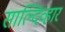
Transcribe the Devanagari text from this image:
साल्दिव्हार